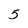
Character: 5